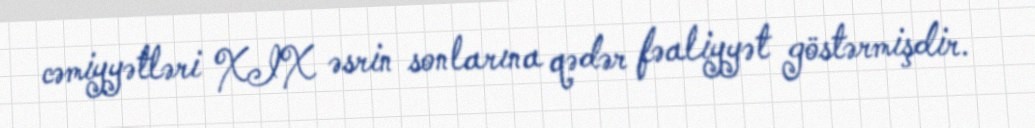
cəmiyyətləri XIX əsrin sonlarına qədər fəaliyyət göstərmişdir.